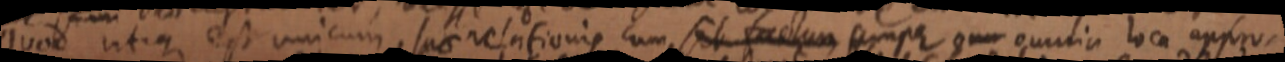
quod utque est unicum, suae relationis cum sit factum semper om omnia loca appro